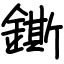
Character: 鐁